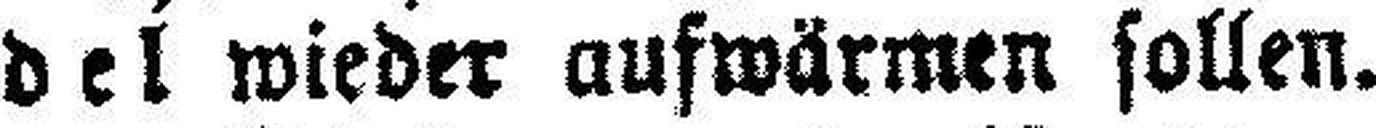
del wieder aufwärmen sollen.